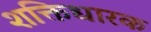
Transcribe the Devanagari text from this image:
शक्तिधारक